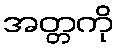
အတ္တကို